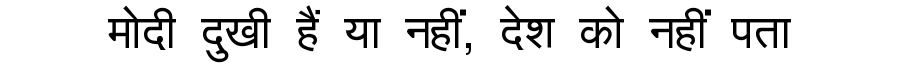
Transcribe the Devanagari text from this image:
मोदी दुखी हैं या नहीं, देश को नहीं पता